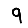
Digit: 9